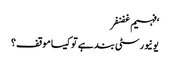
‘فہیم غضنفر
یونیورسٹی بند ہے تو کیسا موقف؟